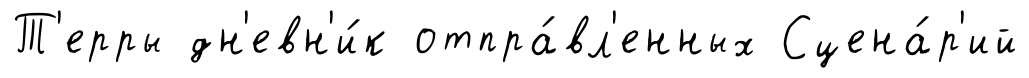
Т'ерры дн'евн'и́к отпра́вл'енных Сцена́р'ий